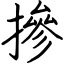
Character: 摻